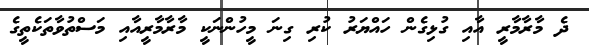
ދެ މާރާމާރީ އާއި ގުޅިގެން ހައްޔަރު ކުރި ގިނަ މީހުންނަކީ މާރާމާރީއާއި މަސްތުވާތަކެތީގެ